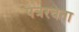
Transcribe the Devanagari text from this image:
पत्ररचना